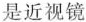
是近视镜